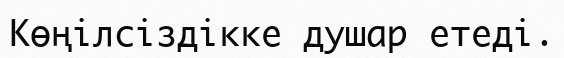
Көңілсіздікке душар етеді.